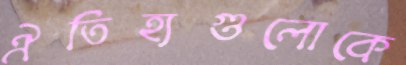
ঐতিহ্যগুলোকে